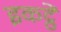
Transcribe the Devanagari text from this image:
इकट्ठें